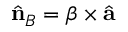
\hat { { \bf n } } _ { B } = { \boldsymbol \beta } \times \hat { { \bf a } }